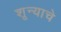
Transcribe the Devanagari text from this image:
शून्याचे